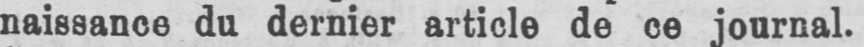
naissance du dernier article de ce journal.